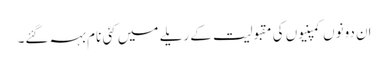
اِن دونوں کمپنیوں کی مقبولیت کے ریلے میں کئی نام بہہ گئے۔